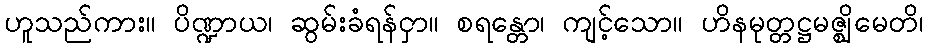
ဟူသည်ကား။ ပိဏ္ဍာယ၊ ဆွမ်းခံရန်ငှာ။ စရန္တော၊ ကျင့်သော။ ဟိနမုတ္တဋ္ဌမဇ္ဈိမေတိ၊